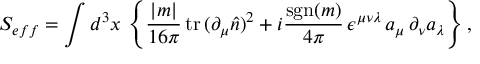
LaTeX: S _ { e f f } = \int d ^ { 3 } x \, \left\{ \frac { | m | } { 1 6 \pi } \, \mathrm { t r } \, ( \partial _ { \mu } \hat { n } ) ^ { 2 } + i \frac { \mathrm { s g n } ( m ) } { 4 \pi } \, \epsilon ^ { \mu \nu \lambda } \, a _ { \mu } \, \partial _ { \nu } a _ { \lambda } \right\} ,